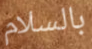
بالسلام